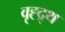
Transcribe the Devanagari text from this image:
वृह्द्र्थ